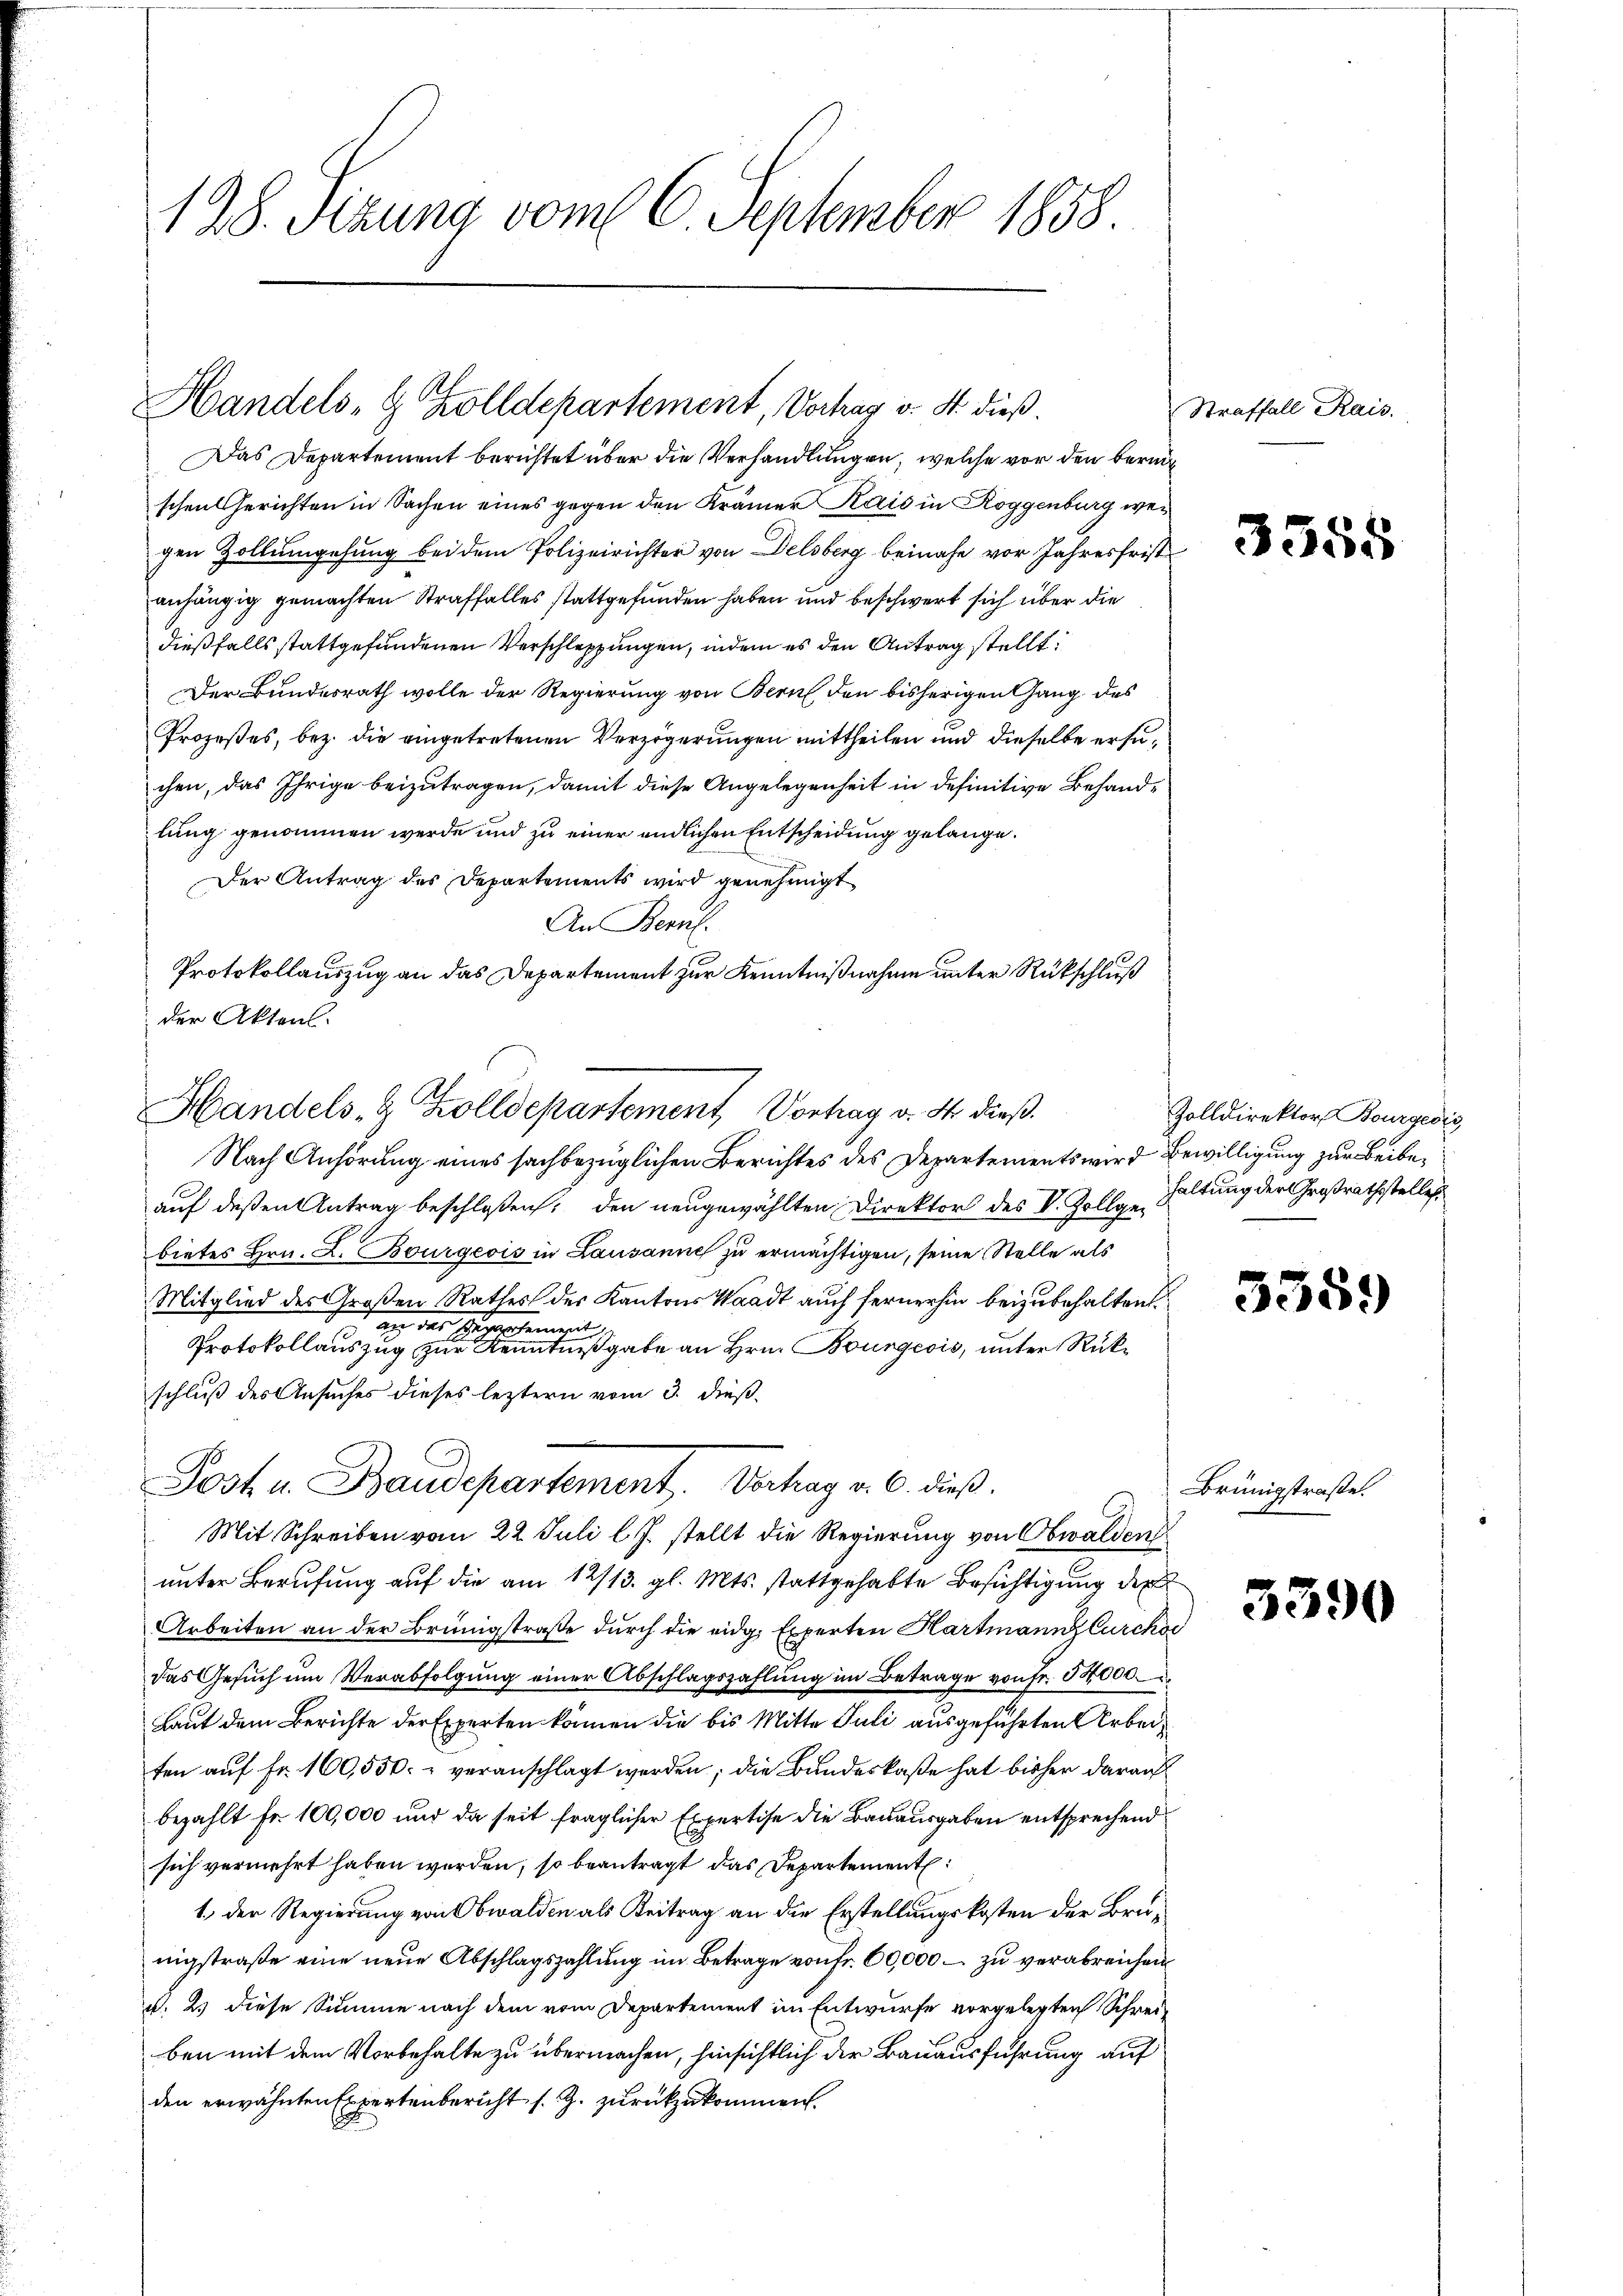
128. Fezung vom 16. September 1858.

Handels-G. Zolldepartement, Vorhag v. S. dieß.
Das Departement berichtet über die Verhandlungen, welche vor den bereig¬

schen Gerichten in Sachen eines gegen den Krämer Kais in Roggenburg weg
gen Zollumgehung bei dem Polizeirichter von Delsberg beinahe vor Jahresfrist
anhängig gemachten Straffalles stattgefunden haben und beschwert sich über die
dießfalls stattgefundenen Verschleppungen, indem es den Antrag stellt:
Der Bundesrath wolle der Regierung von Bern den bisherigen Gang des
Prozeßes, bez. die eingetretenen Verzögerungen mittheilen und dieselbe ersuchen, das Ihrige beizutragen, damit diese Angelegenheit in definitive Behandlung genommen werde und zu einer endlichen Entscheidung gelange.
Der Antrag des Departements wird genehmigt
An Bern.
Protokollauszug an das Departement zur Kenntnißnahme unter Rückschluß
der Akten.
Nach Anhörung eines sachbezüglichen Berichtes des Departements wird Bewilligung zur Beibeauf deßen Antrag beschlossen, den neugewählten Direktor des V. Zollge-Haltung der Großrathestelles
bietes Hrn. L. Bourgeois in Lausanne zu ermächtigen, seine Stelle als
Mitglied des Großen Rathes des Kantons Waadt auch fernerhin beizubehalten
I an des Herrn Gemein
Protokollauszug zur Kenntnißgabe an Hrn. Bourgeois, unter Rückschluß des Ansuches dieses leztern vom 3. dieß
Post u. Baudepartement. Verhag v. 6. dieß.
Mit Schreiben vom 22. Juli l. J. stellt die Regierung von Obwalden
unter Berufung auf die am 12/13. gl. Mts. stattgehabte Besichtigung der
Arbeiten an der Brünigstraße durch die eidg. Experten Hartmann Curcko
das Gesuch um Verabfolgung einer Abschlagszahlung im Betrage von Fr. 54000.
Laut dem Berichte der Experten können die bis Mitte Juli ausgeführten Arbeit
fen auf Fr. 160,550. u veranschlagt werden; die Bundeskaße hat bisher darauf
bezahlt Fr. 100,000 und da seit fraglicher Expertise die Bauausgaben entsprechend
sich vermehrt haben werden, so beantragt das Departement
1.) Der Regierung von Obwalden als Beitrag an die Erstellungskosten der Brunigstraße eine neue Abschlagszahlung im Betrage von Fr. 60,000 – zu verabreichen
u. 2. diese Summe nach dem vom Departement im Entwurfe vorgelegten Schreiben mit dem Vorbehalte zu übermachen, hinsichtlich der Bauausführung auf
den erwähnten Expertenbericht s. Z. zurückzukommen.

Handels- & Zolldepartement, Vorhay d. M. dieß¬

Straffall Rais.

3355

Zolldirektor Bourgeois

3359)

Brünigstraße.

5590